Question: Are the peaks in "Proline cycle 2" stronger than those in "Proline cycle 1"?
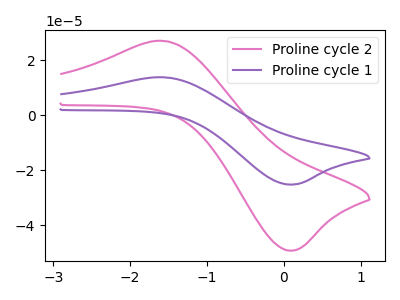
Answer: <think>The pink curve "Proline cycle 2" has an anodic peak at (-1.55V, 27.05uA) and a cathodic peak at (0.05V, -49.15uA). The purple curve "Proline cycle 1" has an anodic peak at (-1.55V, 13.85uA) and a cathodic peak at (0.05V, -25.15uA).</think>
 <answer>Every peak in "Proline cycle 2" is higher than every peak in "Proline cycle 1".</answer>
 <eval>higher</eval>